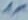
Text: 1M